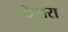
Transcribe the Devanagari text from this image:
पेसरा